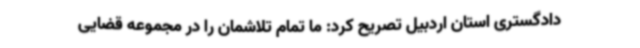
دادگستری استان اردبیل تصریح کرد: ما تمام تلاشمان را در مجموعه قضایی